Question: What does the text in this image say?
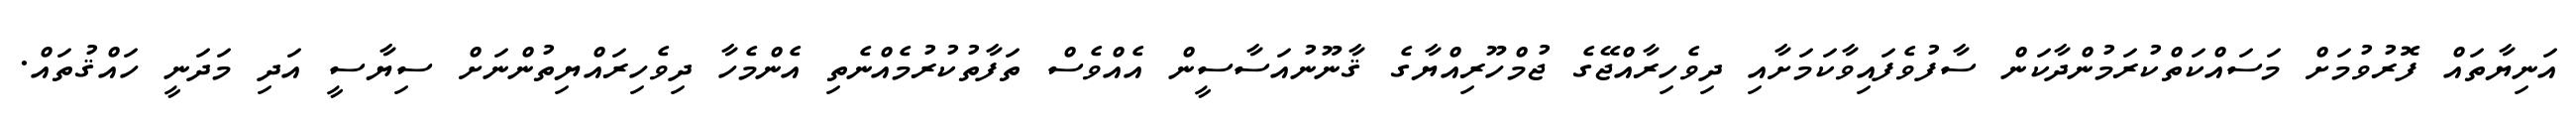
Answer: އަނިޔާތައް ފޮރުވުމަށް މަސައްކަތްކުރަމުންދާކަން ސާފުވެފައިވާކަމަށާއި ދިވެހިރާއްޖޭގެ ޖުމްހޫރިއްޔާގެ ޤާނޫނުއަސާސީން އެއްވެސް ތަފާތުކުރުމެއްނެތި އެންމެހާ ދިވެހިރައްޔިތުންނަށް ސިޔާސީ އަދި މަދަނީ ހައްޤުތައް.